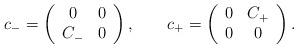
\begin{align*}c_- = \left( \begin{array}{cc}0 & 0 \\C_- & 0\end{array} \right), \qquad c_+ = \left( \begin{array}{cc}0 & C_+ \\0 & 0\end{array} \right). \end{align*}